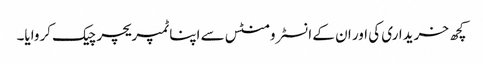
کچھ خریداری کی اور ان کے انسٹرومنٹس سے اپنا ٹمپریچر چیک کروایا۔